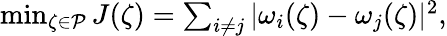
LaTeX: \begin{array}{r}{\operatorname*{min}_{\zeta\in\mathcal{P}}J(\zeta)=\sum_{i\neq j}|\omega_{i}(\zeta)-\omega_{j}(\zeta)|^{2},}\end{array}